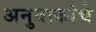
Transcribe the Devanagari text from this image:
अनुवाकांचे